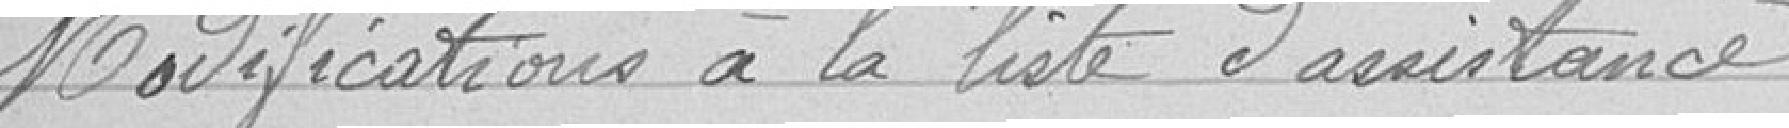
Modifications à la liste d'assistance